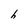
Character: h